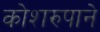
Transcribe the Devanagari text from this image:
कोशरुपाने